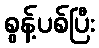
စွန့်ပစ်ပြီး